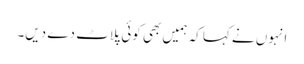
انہوں نے کہا کہ ہمیں بھی کوئی پلاٹ دے دیں۔